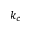
k _ { c }